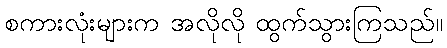
စကားလုံးများက အလိုလို ထွက်သွားကြသည်။